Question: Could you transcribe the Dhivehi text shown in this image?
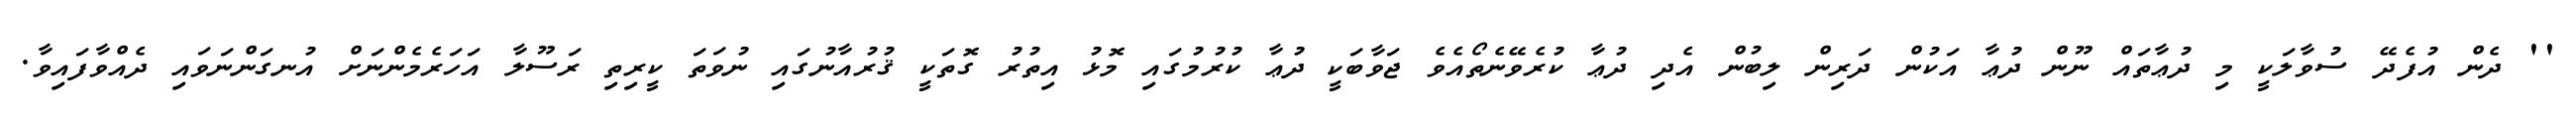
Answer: '' ދެން އުފެދޭ ސުވާލަކީ މި ދުޢާތައް ނޫން ދުޢާ އަކުން ދަރިން ލިބުން އެދި ދުޢާ ކުރެވޭނެތޯއެވެ ޖަވާބަކީ ދުޢާ ކުރުމުގައި މޮޅު އިތުރު ގޮތަކީ ޤުރުއާނުގައި ނުވަތަ ކީރިތި ރަސޫލާ އަހަރެމެންނަށް އުނގަންނަވައި ދެއްވާފައިވާ.